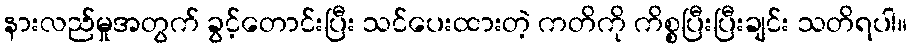
နားလည်မှုအတွက် ခွင့်တောင်းပြီး သင်ပေးထားတဲ့ ကတိကို ကိစ္စပြီးပြီးချင်း သတိရပါ။